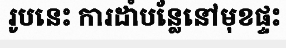
រូបនេះ ការដាំបន្លែនៅមុខផ្ទះ